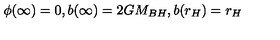
\phi ( \infty ) = 0 , b ( \infty ) = 2 G M _ { B H } , b ( r _ { H } ) = r _ { H }